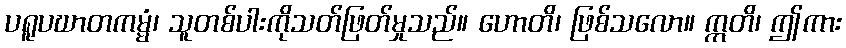
ပရူပဃာတကမ္မံ၊ သူတစ်ပါးကိုသတ်ဖြတ်မှုသည်။ ဟောတိ၊ ဖြစ်သလော။ ဣတိ၊ ဤကား